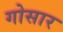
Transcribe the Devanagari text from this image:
गोसार